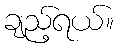
ချည့်ရယ်။